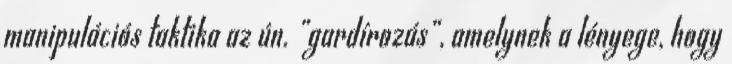
manipulációs taktika az ún. „gardírozás”, amelynek a lényege, hogy